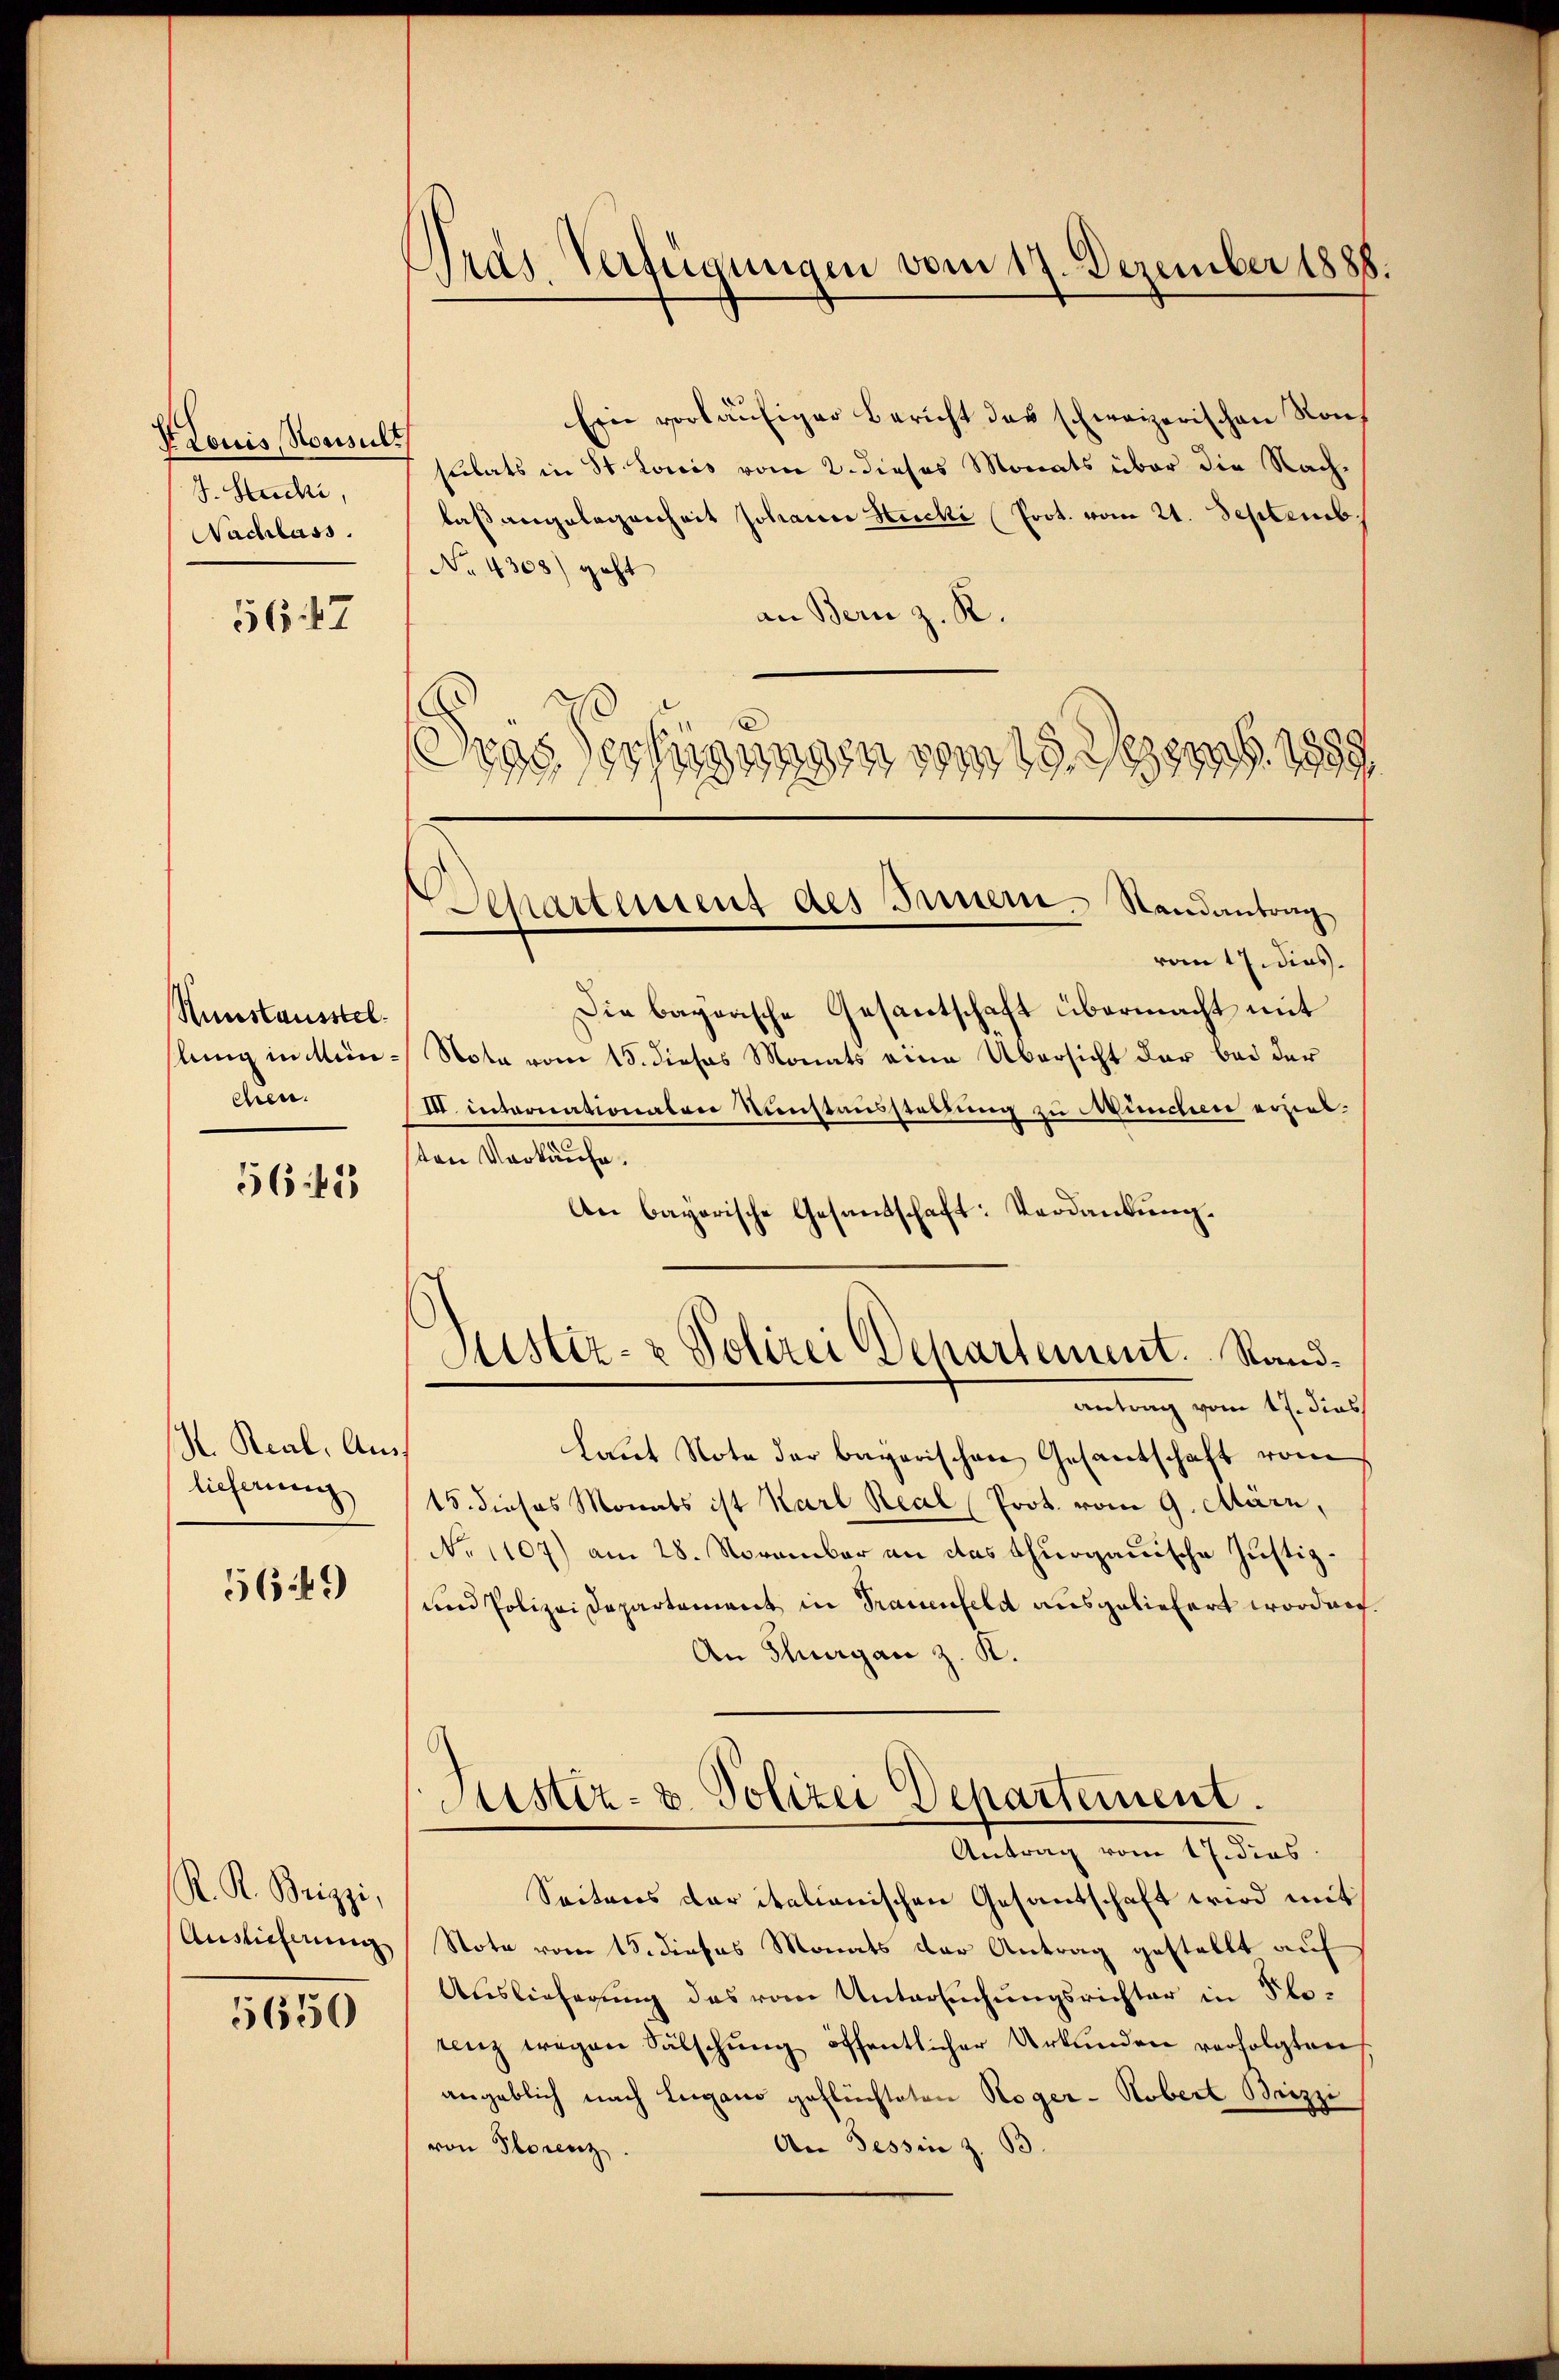
V Louis Konsult
J. Succhi,
Nachlass.

5647

Kunstausstel
slung in Minchen.

56 f 5

H. Real, Auslieferung

5649

K. R. Brizzi,
Auslieferung

5650

Pras Verfügungen vom 17. Dezember 1888.

Ein vorläufiger Bericht das schweizerischen Konf
sulats in St. Louis vom 2. dieses Monats über die Nachlaßangelegenheit Johann Hecke Prot. vom 21. Septemb.
No. 4308) geht
an Bern z. R.
Die bagorische Gesantschaft übermacht mit
Note vom 15. dieses Monats eine Übersicht der bei der
III. intronationalen Kunstausstellung zu Mundiere erziel
ton Verkäufe.
An bayerische Gesandschaft: Verdankung.
Sistiz- & Polizei Departement. Sandantrag vom 17. dies
laŭt Note der bagarischen Gesantschaft vom
15. dieses Monats ist Karl Real Prot. vom 9. März,
No 1107) am 28. November an das thurgauische Justiz¬
und Polizei Departement in Trauenfeld ausgeliefert worden.
An Thurgau z. K.
Justiz- & Polizei Departement.
Antrag vom 17. dies
Seiteres der italienischen Gesantschaft wird mit
Note vom 15. dieses Monats der Antrag gestellt auf
Auslieferung des vom Untersuchungsrichter in Flotenz wegen Sälschung öffentlicher Urkunden verfolgten,
angeblich nach Lugano geflüchteten Roger - Robert Brizzi
An Tessin z. B.
von Florenz

Drys sessingungen vom 19. Sept. 1889

Departement des Inner-Randantrag
vom 17. dies